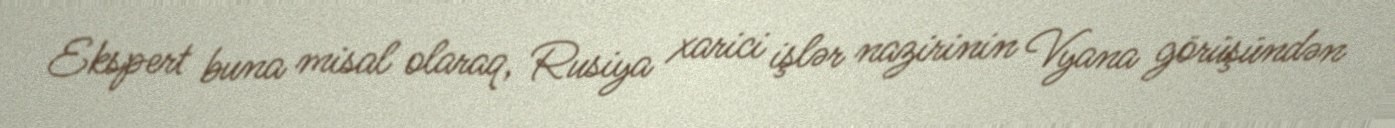
Ekspert buna misal olaraq, Rusiya xarici işlər nazirinin Vyana görüşündən